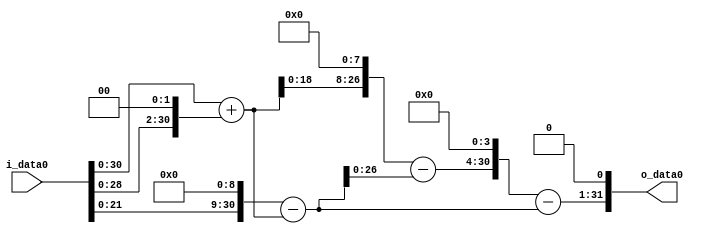
module multiplier_block (
    i_data0,
    o_data0
);

  // Port mode declarations:
  input   [31:0] i_data0;
  output  [31:0]
    o_data0;

  //Multipliers:

  wire [31:0]
    w1,
    w4,
    w5,
    w512,
    w507,
    w1280,
    w773,
    w12368,
    w11861,
    w23722;

  assign w1 = i_data0;
  assign w11861 = w12368 - w507;
  assign w12368 = w773 << 4;
  assign w1280 = w5 << 8;
  assign w23722 = w11861 << 1;
  assign w4 = w1 << 2;
  assign w5 = w1 + w4;
  assign w507 = w512 - w5;
  assign w512 = w1 << 9;
  assign w773 = w1280 - w507;

  assign o_data0 = w23722;

  //multiplier_block area estimate = 5924.31830465;
endmodule